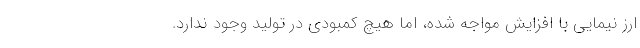
ارز نیمایی با افزایش مواجه شده، اما هیچ کمبودی در تولید وجود ندارد.